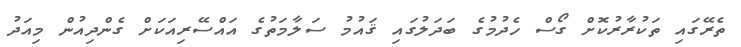
ތެރޭގައި ތަކުރާރުކޮށް ގޯސް ހެދުމުގެ ބަދަލުގައި ޤައުމު ސަލާމަތުގެ އައްސޭރިއަކަށް ގެންދިއުން މިއަދު